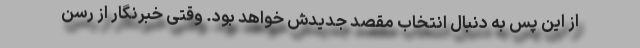
از این پس به دنبال انتخاب مقصد جدیدش خواهد بود. وقتی خبرنگار از رسن